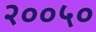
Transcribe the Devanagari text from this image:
२००५०